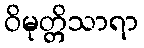
ဝိမုတ္တိသာရာ